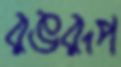
রঙরূপ